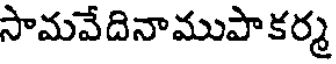
సామవేదినాముపాకర్మ